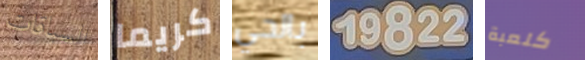
السباقات كريما بالحي 19822 كلعبة